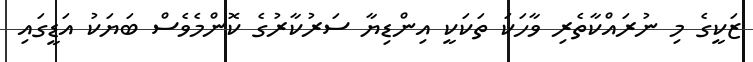
ޒަކީގެ މި ނުރައްކާތެރި ވާހަކަ ތަކަކީ އިންޑިޔާ ސަރުކާރުގެ ކޮންމެވެސް ބަޔަކު އަޑީގައި